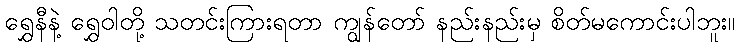
ရွှေနီနဲ့ ရွှေဝါတို့ သတင်းကြားရတာ ကျွန်တော် နည်းနည်းမှ စိတ်မကောင်းပါဘူး။